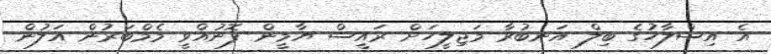
އެ އިސްލާހުގެ ބިލް އަނބުރާ މަޖިލީހަށް ރައީސް ޔާމީން ފޮނުއްވީ މެމްބަރުން އަލުން